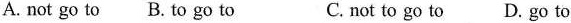
A. not go to B. to go to C. not to go to D. go to